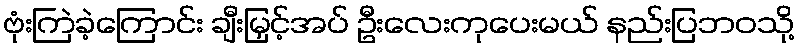
ဗုံးကြဲခဲ့ကြောင်း ချီးမြှင့်အပ် ဦးလေးကုပေးမယ် နည်းပြဘဝသို့